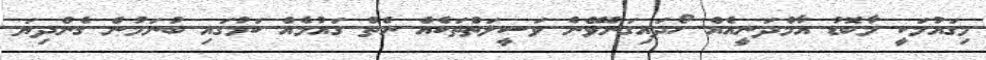
މިގައުމަކީ މާބޮޑު އާމްދަނީއެއް ހޯދައިގަނެވޭނެ ވަސީލަތްތަކެއް ނެތް ގައުމެއް ކަމުގައި ބުނަމުން ގެންދިޔަ